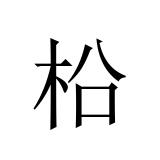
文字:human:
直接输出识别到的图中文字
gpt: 柗